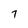
Character: 7